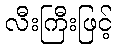
လီးကြီးဖြင့်